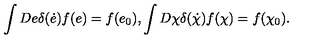
\int D e \delta ( { \dot { e } } ) f ( e ) = f ( e _ { 0 } ) , \int D \chi \delta ( \dot { \chi } ) f ( \chi ) = f ( \chi _ { 0 } ) .